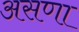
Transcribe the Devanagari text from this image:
असणा